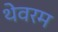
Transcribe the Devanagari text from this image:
थेवरम